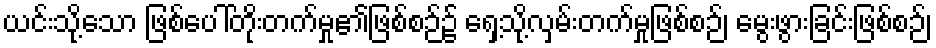
ယင်းသို့သော ဖြစ်ပေါ်တိုးတက်မှု၏ဖြစ်စဉ်၌ ရှေ့သို့လှမ်းတက်မှုဖြစ်စဉ်၊ မွေးဖွားခြင်းဖြစ်စဉ်၊